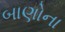
બાણોના